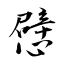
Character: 憵